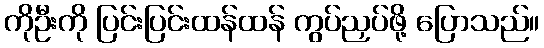
ကိုဦးကို ပြင်းပြင်းထန်ထန် ကွပ်ညှပ်ဖို့ ပြောသည်။